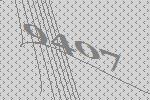
9407